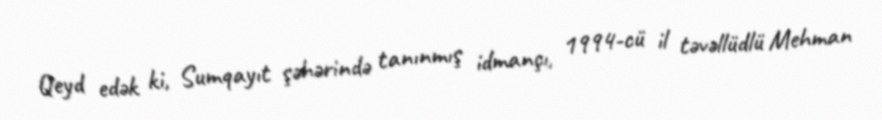
Qeyd edək ki, Sumqayıt şəhərində tanınmış idmançı, 1994-cü il təvəllüdlü Mehman